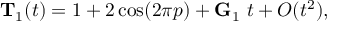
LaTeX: { \bf T } _ { 1 } ( t ) = 1 + 2 \cos ( 2 \pi p ) + { \bf G } _ { 1 } \ t + O ( t ^ { 2 } ) ,